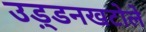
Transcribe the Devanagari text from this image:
उड़्डनखटोले